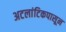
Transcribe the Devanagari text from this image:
अटलांटिकपासून